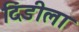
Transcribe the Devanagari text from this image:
दिंडीला